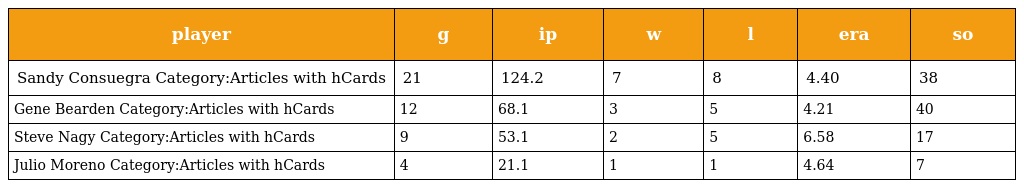
| player | g | ip | w | l | era | so |
 | --- | --- | --- | --- | --- | --- | --- |
 | Sandy Consuegra Category:Articles with hCards | 21 | 124.2 | 7 | 8 | 4.40 | 38 |
 | Gene Bearden Category:Articles with hCards | 12 | 68.1 | 3 | 5 | 4.21 | 40 |
 | Steve Nagy Category:Articles with hCards | 9 | 53.1 | 2 | 5 | 6.58 | 17 |
 | Julio Moreno Category:Articles with hCards | 4 | 21.1 | 1 | 1 | 4.64 | 7 |